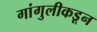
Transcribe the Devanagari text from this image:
गांगुलीकडून